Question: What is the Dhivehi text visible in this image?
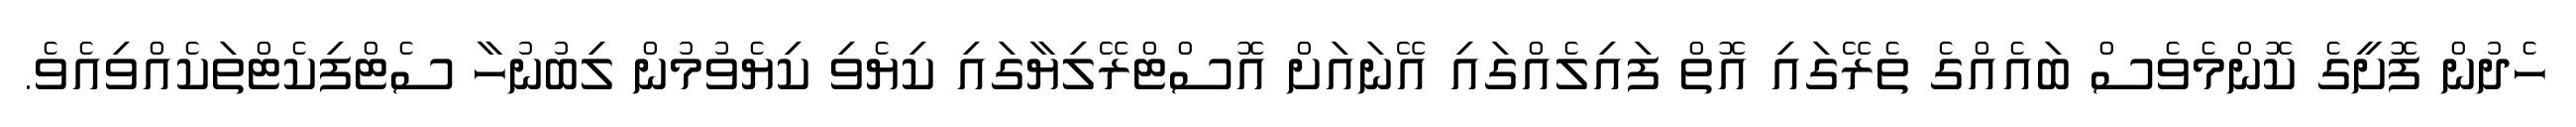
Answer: ހެދުން ފޮށީގެ ކޮންމެވެސް ބައެއްގެ ތެރޭގައި އޮތް ފައިލެއްގައި އޭނައަށް އޮސްޓްރޭލިޔާގައި ކިޔެވި ކިޔެވުމުން ލިބުނުހާ ސެޓްފިކެޓްތަކެއްވިއެވެ.